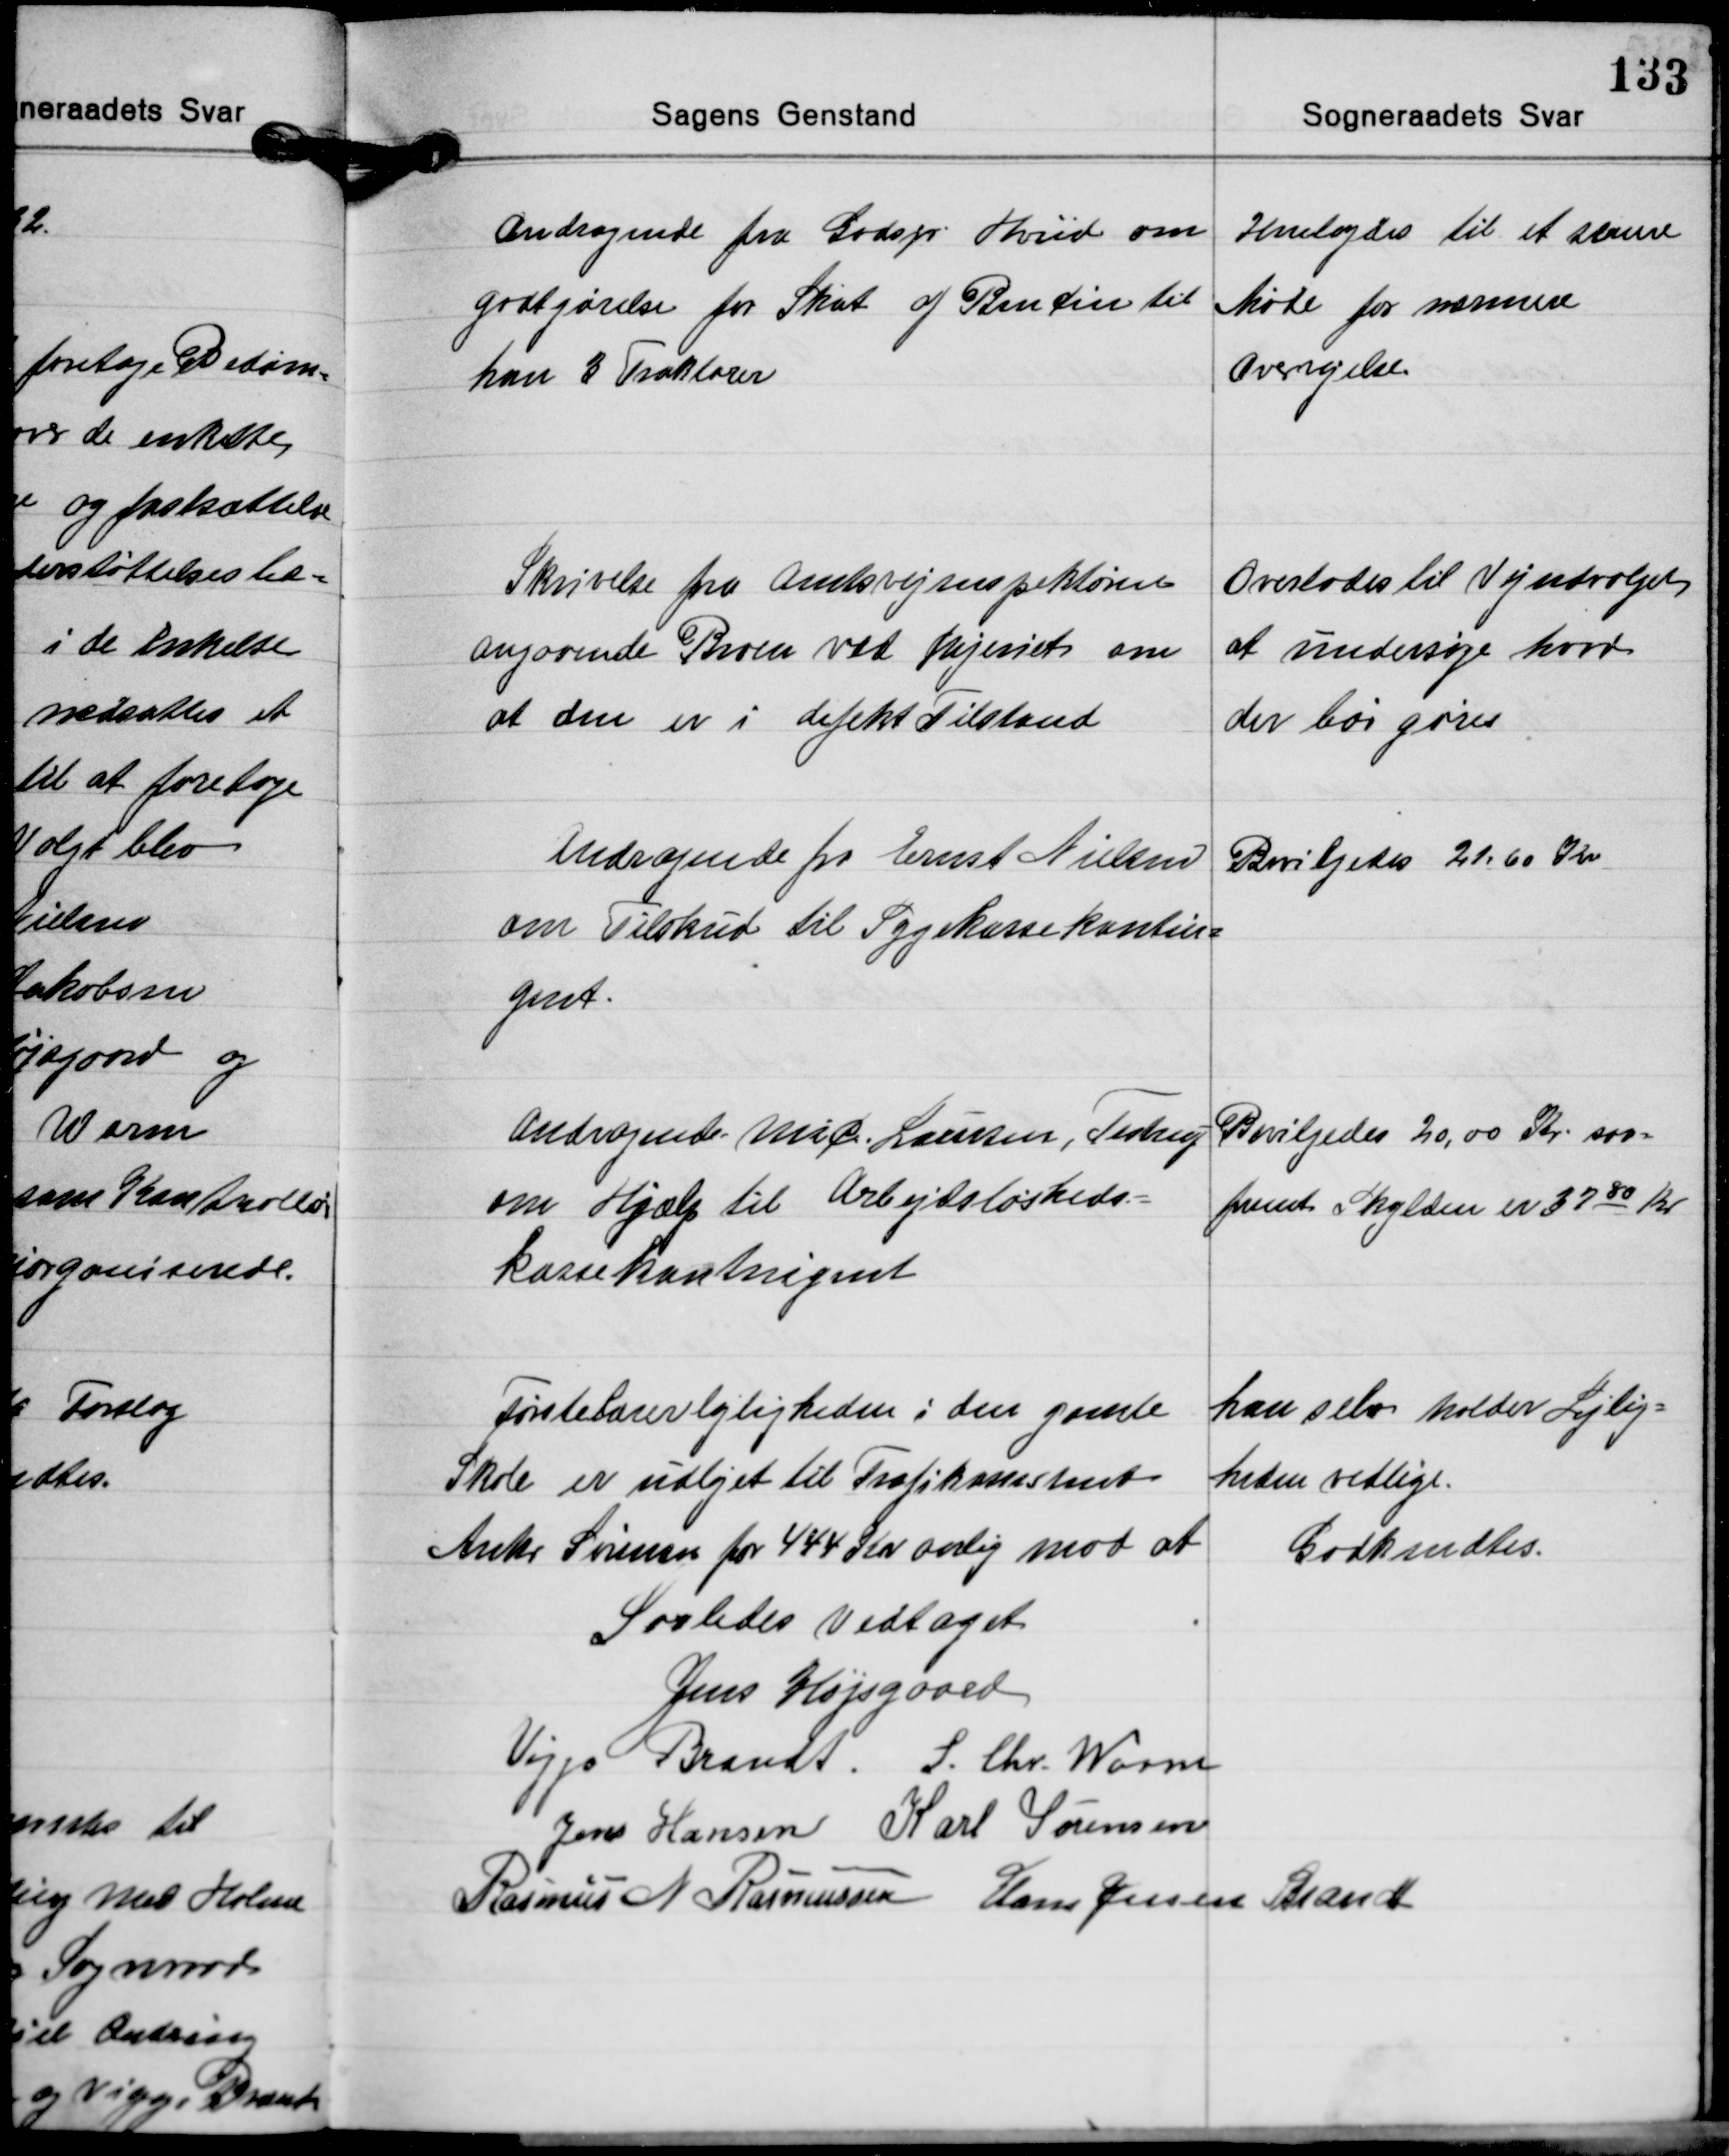
Transskription:
Andragende fra Godsejer Hviid om
godtgørelse for Skat af Bencin til
han 3 Traktører

Henlagdes til et senere
Møde for nærmere
Overvejelse

Skrivelse fra Amtsvejinspektøren
angaaende Broen ved Mejeriet om
at den er i defekt Tilstand

Overlodes til Vejudvalget
at undersøge hvad
der bør gøres

Andragende fra Ernst Nielsen
om Tilskud til Sygekassekontin-
gent.

Bevilgedes 21.60 Kr.

Andragende Mic. Laursen, Testrup
om Hjælp til Arbejdsløsheds-
kassekontingent

Bevilgedes 20,00 Kr. saa-
fremt Skylden er 3780 Kr.

Førstelærerlejligheden i den gamle
Skole er udlejet til Trafikassistent
Anker Sørensen for 444 Kr. Aalig mod at

han selv holder Lejlig-
heden vedlige.
Godkendtes.

Saaledes Vedtaget
Jens Højsgaard
Viggo Brandt S. Chr. Worm
Jens Hansen Karl Sørensen
Rasmus N. Rasmussen Hans Jessen Brandt